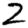
Digit: 2